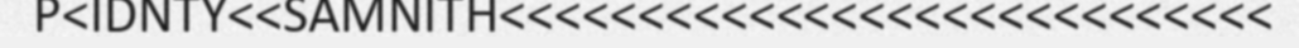
P<IDNTY<<SAMNITH<<<<<<<<<<<<<<<<<<<<<<<<<<<<